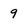
Character: 9